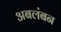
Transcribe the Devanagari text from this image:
अबलंबन